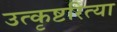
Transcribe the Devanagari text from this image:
उत्कृष्टरित्या